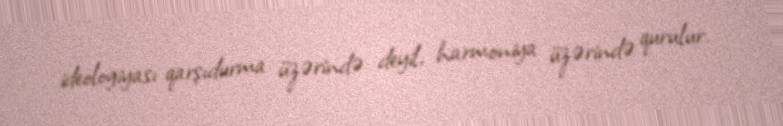
ideologiyası qarşıdurma üzərində deyil, harmoniya üzərində qurulur.